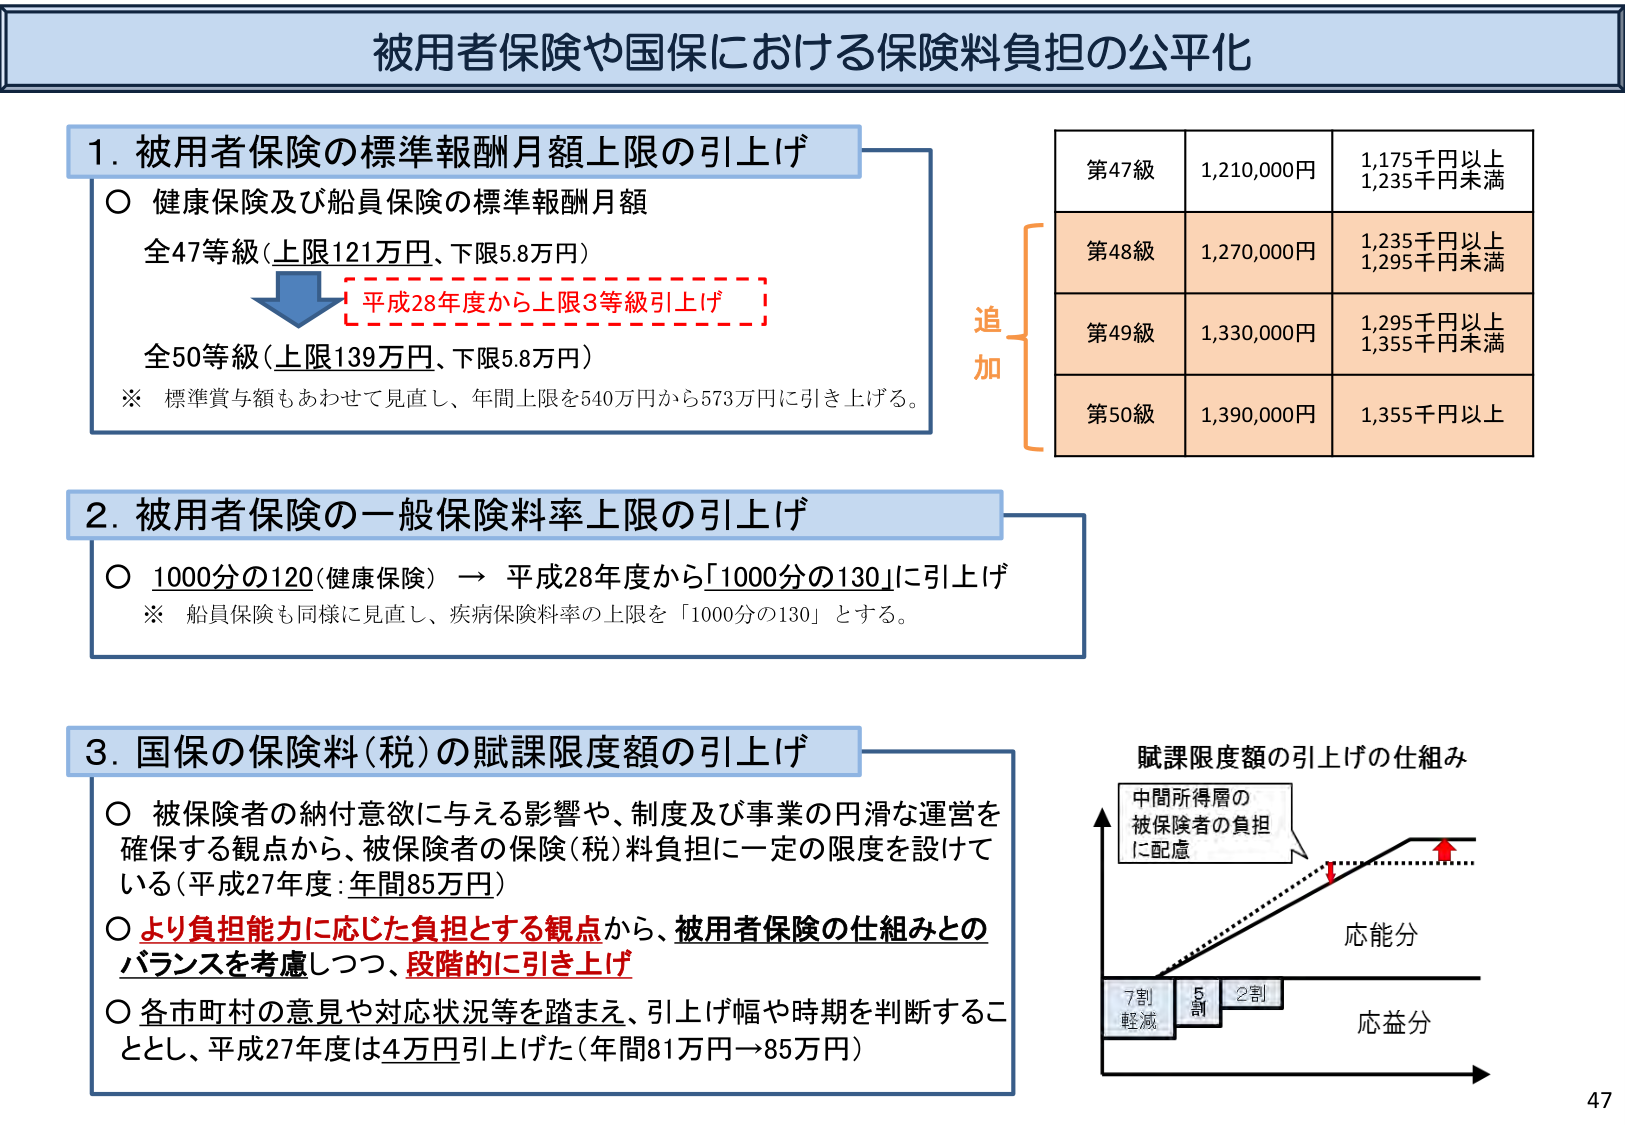
被用者保険や国保における保険料負担の公平化

1. 被用者保険の標準報酬月額上限の引上げ
○ 健康保険及び船員保険の標準報酬月額
全47等級（上限121万円、下限5.8万円）
[平成28年度から上限3等級引上げ]
全50等級（上限139万円、下限5.8万円）
※ 標準賞与額もあわせて見直し、年間上限を540万円から573万円に引き上げる。

第47級 1,210,000円 1,175千円以上 1,235千円未満
第48級 1,270,000円 1,235千円以上 1,295千円未満
第49級 1,330,000円 1,295千円以上 1,355千円未満
第50級 1,390,000円 1,355千円以上

追加

2. 被用者保険の一般保険料率上限の引上げ
○ 1000分の120（健康保険） → 平成28年度から「1000分の130」に引上げ
※ 船員保険も同様に見直し、疾病保険料率の上限を「1000分の130」とする。

3. 国保の保険料（税）の賦課限度額の引上げ
○ 被保険者の納付意欲に与える影響や、制度及び事業の円滑な運営を確保する観点から、被保険者の保険（税）料負担に一定の限度を設けている（平成27年度：年間85万円）
○ より負担能力に応じた負担とする観点から、被用者保険の仕組みとのバランスを考慮しつつ、段階的に引き上げ
○ 各市町村の意見や対応状況等を踏まえ、引上げ幅や時期を判断することとし、平成27年度は4万円引上げた（年間81万円→85万円）

賦課限度額の引上げの仕組み
中間所得層の
被保険者の負担
に配慮
応能分
7割
軽減
5割
2割
応益分

47